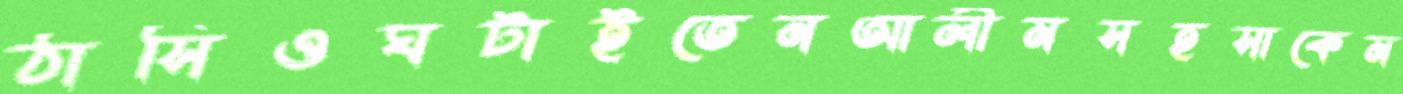
ঠাসিওঘটাইতেনআলীমসহসাকেম